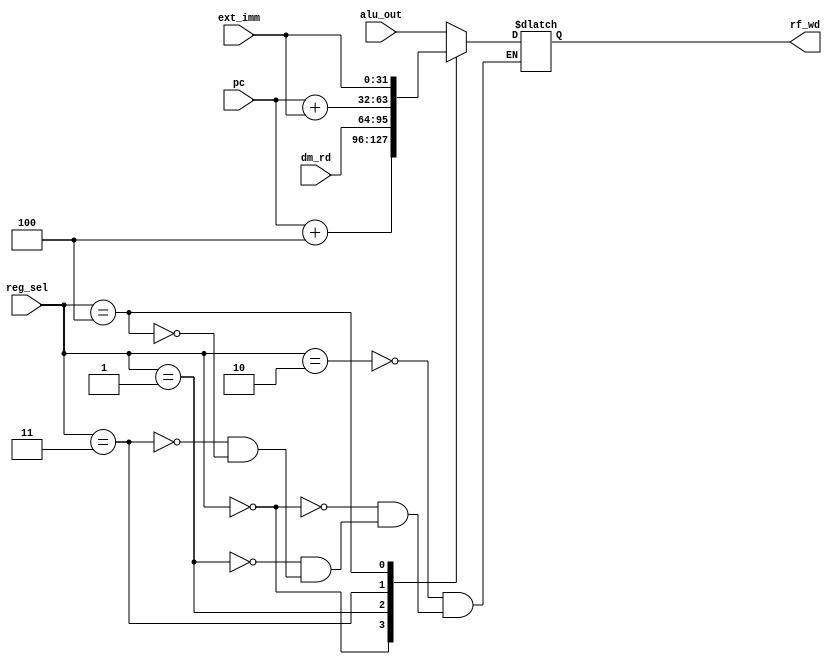
module reg_file_sel(
        input [2:0] reg_sel,
        input [31:0] alu_out,
        input [31:0] pc,
        input [31:0] dm_rd,
        input [31:0] ext_imm,
        output reg [31:0] rf_wd
    );

    parameter NEXT_PC = 3'b000;
    parameter MEM_OUT = 3'b001;
    parameter ALU_OUT = 3'b010;
    parameter IMM_PC = 3'b011;
    parameter IMM_ONLY = 3'b100;

    always@(*) begin

        case (reg_sel)
            ALU_OUT: rf_wd = alu_out;
            NEXT_PC: rf_wd = pc + 4;
            MEM_OUT: rf_wd = dm_rd;
            IMM_PC: rf_wd = pc + ext_imm;
            IMM_ONLY: rf_wd = ext_imm;
            endcase
    end
endmodule